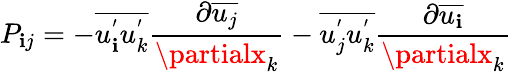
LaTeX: P_{\mathbf{i}j}=-\overline{{{u_{\mathbf{i}}^{'}u_{k}^{'}}}}\frac{{\partial\overline{{{u_{j}}}}}}{{\partialx_{k}}}-\overline{{{u_{j}^{'}u_{k}^{'}}}}\frac{{\partial\overline{{{u_{\mathbf{i}}}}}}}{{\partialx_{k}}}